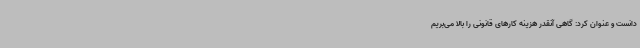
دانست و عنوان کرد: گاهی آنقدر هزینه کارهای قانونی را بالا می‌بریم